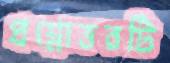
প্রশ্নোত্তরটি